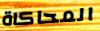
المحاكاة